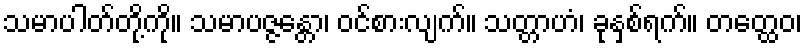
သမာပါတ်တို့ကို။ သမာပဇ္ဇန္တော၊ ဝင်စားလျက်။ သတ္တာဟံ၊ ခုနှစ်ရက်။ တတ္ထေဝ၊